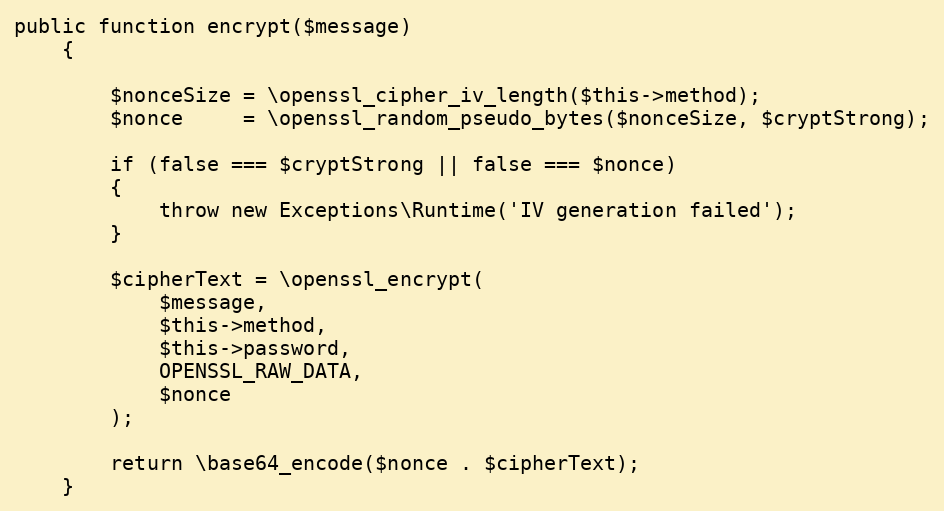
Language: PHP
public function encrypt($message)
    {

        $nonceSize = \openssl_cipher_iv_length($this->method);
        $nonce     = \openssl_random_pseudo_bytes($nonceSize, $cryptStrong);

        if (false === $cryptStrong || false === $nonce)
        {
            throw new Exceptions\Runtime('IV generation failed');
        }

        $cipherText = \openssl_encrypt(
            $message,
            $this->method,
            $this->password,
            OPENSSL_RAW_DATA,
            $nonce
        );

        return \base64_encode($nonce . $cipherText);
    }